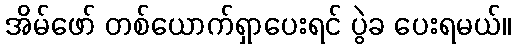
အိမ်ဖော် တစ်ယောက်ရှာပေးရင် ပွဲခ ပေးရမယ်။